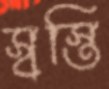
স্বস্তি